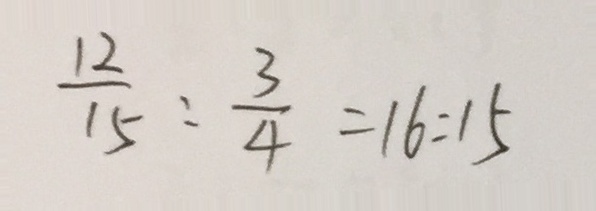
\frac { 1 2 } { 1 5 } : \frac { 3 } { 4 } = 1 6 : 1 5